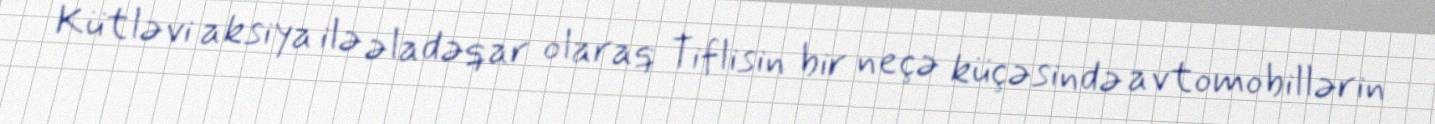
Kütləvi aksiya ilə əladəqar olaraq Tiflisin bir neçə küçəsində avtomobillərin